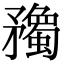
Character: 𥎠